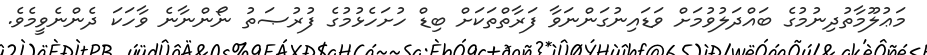
މަޢުލޫމާތުދިނުމުގެ ބައްދަލުވުމަށް ވަޑައިނުގަންނަވާ ފަރާތްތަކަށް ބިޑް ހުށަހެޅުމުގެ ފުރުޞަތު ނޯންނާނެ ވާހަކަ ދެންނެވީމެވެ.